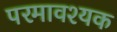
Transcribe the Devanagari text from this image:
परमावश्‍यक